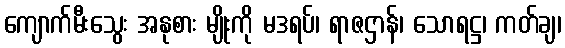
ကျောက်မီးသွေး အနုစား မျိုးကို မဒရပ်၊ ရာဇဌာန်၊ သောရဋ္ဌ၊ ကတ်ချ၊